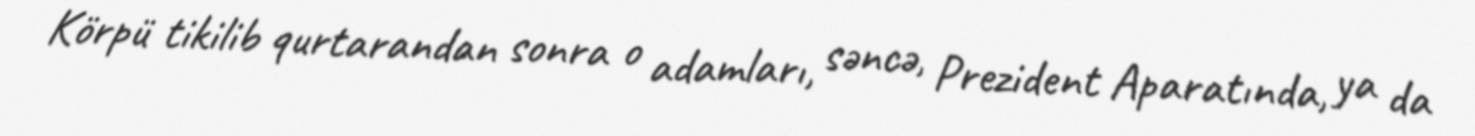
Körpü tikilib qurtarandan sonra o adamları, səncə, Prezident Aparatında, ya da